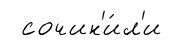
сочин'и́л'и